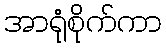
အာရုံစိုက်ကာ